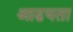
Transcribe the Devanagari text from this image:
आढयता